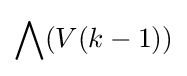
\bigwedge (V(k-1))